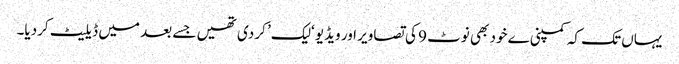
یہاں تک کہ کمپنی ے خود بھی نوٹ 9 کی تصاویر اور ویڈیو ‘لیک’ کر دی تھیں جسے بعد میں ڈیلیٹ کردیا۔